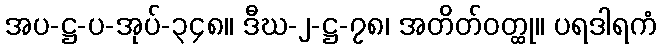
အပ-ဋ္ဌ-ပ-အုပ်-၃၄၈။ ဒီဃ-၂-ဋ္ဌ-၇၈၊ အတိတ်ဝတ္ထု။ ပရဒါရကံ